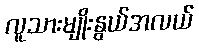
လူသားမျိုးနွယ်အလယ်